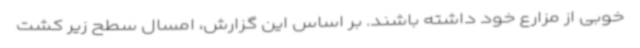
خوبی از مزارع خود داشته باشند. بر اساس این گزارش، امسال سطح زیر کشت